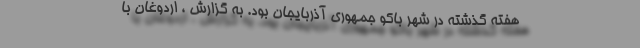
هفته گذشته در شهر باکو جمهوری آذربایجان بود. به گزارش ، اردوغان با